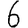
Digit: 6